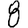
Digit: 8